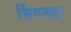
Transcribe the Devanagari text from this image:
सिंगनल्लूर